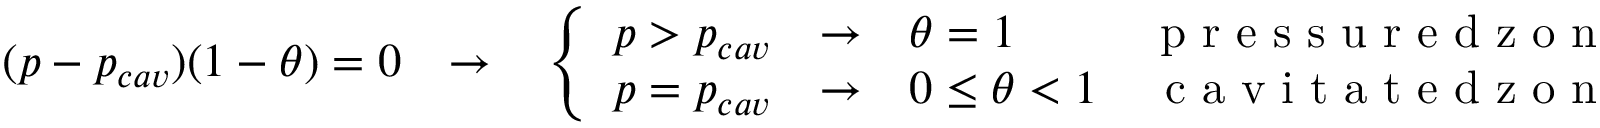
\begin{array} { r } { ( p - p _ { c a v } ) ( 1 - { \theta } ) = 0 \quad { \rightarrow } \quad \left\{ \begin{array} { l r } { p > p _ { c a v } \quad { \rightarrow } \quad { \theta } = 1 } & { \mathrm { ~ p ~ r ~ e ~ s ~ s ~ u ~ r ~ e ~ d ~ z ~ o ~ n ~ e ~ s ~ , ~ } } \\ { p = p _ { c a v } \quad { \rightarrow } \quad 0 \; { \leq } \; { \theta } < 1 } & { \mathrm { ~ c ~ a ~ v ~ i ~ t ~ a ~ t ~ e ~ d ~ z ~ o ~ n ~ e ~ s ~ . ~ } } \end{array} \right. } \end{array}